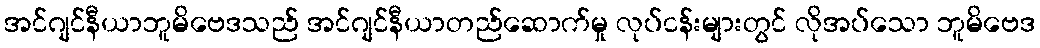
အင်ဂျင်နီယာဘူမိဗေဒသည် အင်ဂျင်နီယာတည်ဆောက်မှု လုပ်ငန်းများတွင် လိုအပ်သော ဘူမိဗေဒ